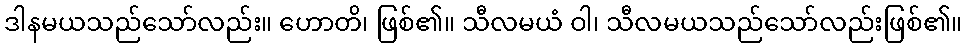
ဒါနမယသည်သော်လည်း။ ဟောတိ၊ ဖြစ်၏။ သီလမယံ ဝါ၊ သီလမယသည်သော်လည်းဖြစ်၏။